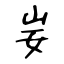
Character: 妛